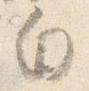
白